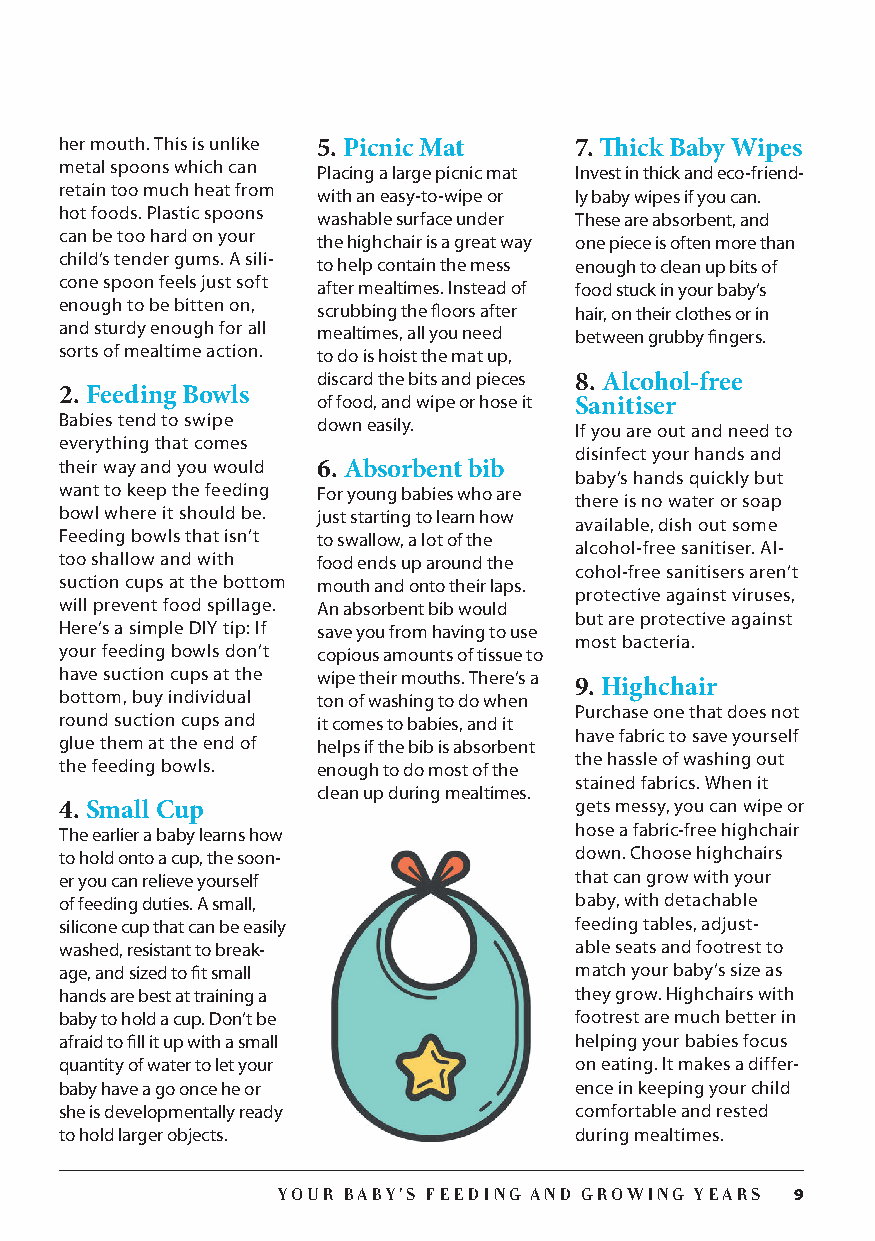
her mouth. This is unlike 5. Picnic Mat 7. Thick Baby Wipes
 metal spoons which can Placing a large picnic mat Invest in thick and eco-friend-
 retain too much heat from with an easy-to-wipe or ly baby wipes if you can.
 hot foods. Plastic spoons washable surface under These are absorbent, and
 can be too hard on your the highchair is a great way one piece is often more than
 child’s tender gums. A sili- to help contain the mess enough to clean up bits of
 cone spoon feels just soft after mealtimes. Instead of food stuck in your baby’s
 enough to be bitten on, scrubbing the floors after hair, on their clothes or in
 and sturdy enough for all mealtimes, all you need between grubby fingers.
 sorts of mealtime action. to do is hoist the mat up,
 discard the bits and pieces 8. Alcohol-free
 2. Feeding Bowls
 of food, and wipe or hose it Sanitiser
 Babies tend to swipe down easily. If you are out and need to
 everything that comes
 disinfect your hands and
 their way and you would 6. Absorbent bib
 baby’s hands quickly but
 want to keep the feeding For young babies who are
 there is no water or soap
 bowl where it should be. just starting to learn how
 available, dish out some
 Feeding bowls that isn’t to swallow, a lot of the
 alcohol-free sanitiser. Al-
 too shallow and with food ends up around the
 cohol-free sanitisers aren’t
 suction cups at the bottom mouth and onto their laps.
 protective against viruses,
 will prevent food spillage. An absorbent bib would
 but are protective against
 Here’s a simple DIY tip: If save you from having to use
 most bacteria.
 your feeding bowls don’t copious amounts of tissue to
 have suction cups at the wipe their mouths. There’s a
 9. Highchair
 bottom, buy individual ton of washing to do when
 Purchase one that does not
 round suction cups and it comes to babies, and it
 have fabric to save yourself
 glue them at the end of helps if the bib is absorbent
 the hassle of washing out
 the feeding bowls. enough to do most of the
 stained fabrics. When it
 clean up during mealtimes.
 4. Small Cup                      gets messy, you can wipe or
 The earlier a baby learns how     hose a fabric-free highchair
 to hold onto a cup, the soon-     down. Choose highchairs
 er you can relieve yourself       that can grow with your
 of feeding duties. A small,       baby, with detachable
 silicone cup that can be easily   feeding tables, adjust-
 washed, resistant to break-       able seats and footrest to
 age, and sized to fit small       match your baby’s size as
 hands are best at training a      they grow. Highchairs with
 baby to hold a cup. Don’t be      footrest are much better in
 afraid to fill it up with a small helping your babies focus
 quantity of water to let your     on eating. It makes a differ-
 baby have a go once he or         ence in keeping your child
 she is developmentally ready      comfortable and rested
 to hold larger objects.           during mealtimes.
 YOUR BABY’S FEEDING AND GROWING YEARS 9